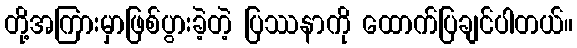
တို့အကြားမှာဖြစ်ပွားခဲ့တဲ့ ပြဿနာကို ထောက်ပြချင်ပါတယ်။